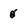
Character: g